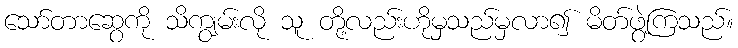
သော်တာဆွေကို သိကျွမ်းလို သူ တို့လည်းဟိုမှသည်မှလာ၍ မိတ်ဖွဲ့ကြသည်။